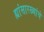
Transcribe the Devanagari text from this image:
ह्यांसारख्यांचे